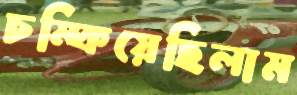
চম্‌কিয়েছিলাম